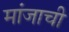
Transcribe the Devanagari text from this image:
मांजाची